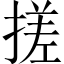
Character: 搓